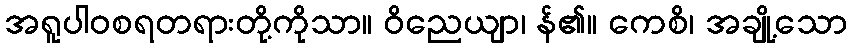
အရူပါဝစရတရားတို့ကိုသာ။ ဝိညေယျာ၊ န်၏။ ကေစိ၊ အချို့သော